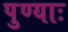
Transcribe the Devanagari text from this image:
पुण्याः